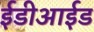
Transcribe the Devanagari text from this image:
ईडीआईड